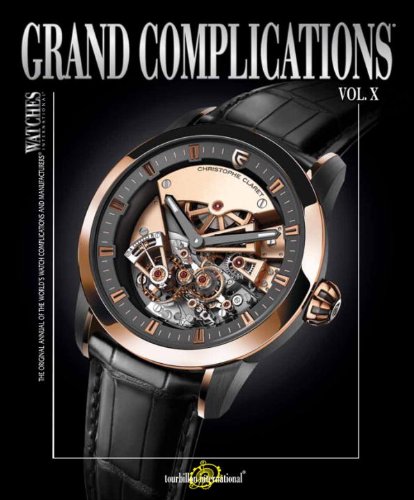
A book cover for Grand Complications Volume X; Tourbillon International; Crafts, Hobbies & Home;